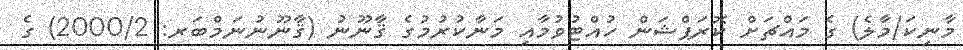
މާނިކަ/މާލެ) ގެ މައްޗަށް ކޮރަޕްޝަން ހުއްޓުވުމާއި މަނާކުރުމުގެ ޤާނޫނު (ޤާނޫނުނަމްބަރ: 2000/2) ގެ